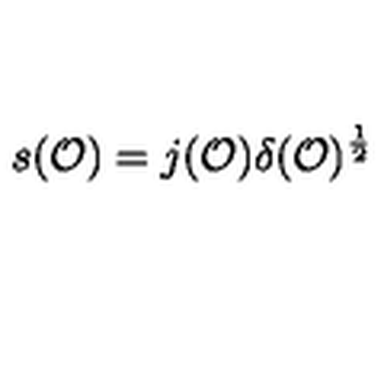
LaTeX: s ( { \cal O } ) = j ( { \cal O } ) \delta ( { \cal O } ) ^ { \frac { 1 } { 2 } }